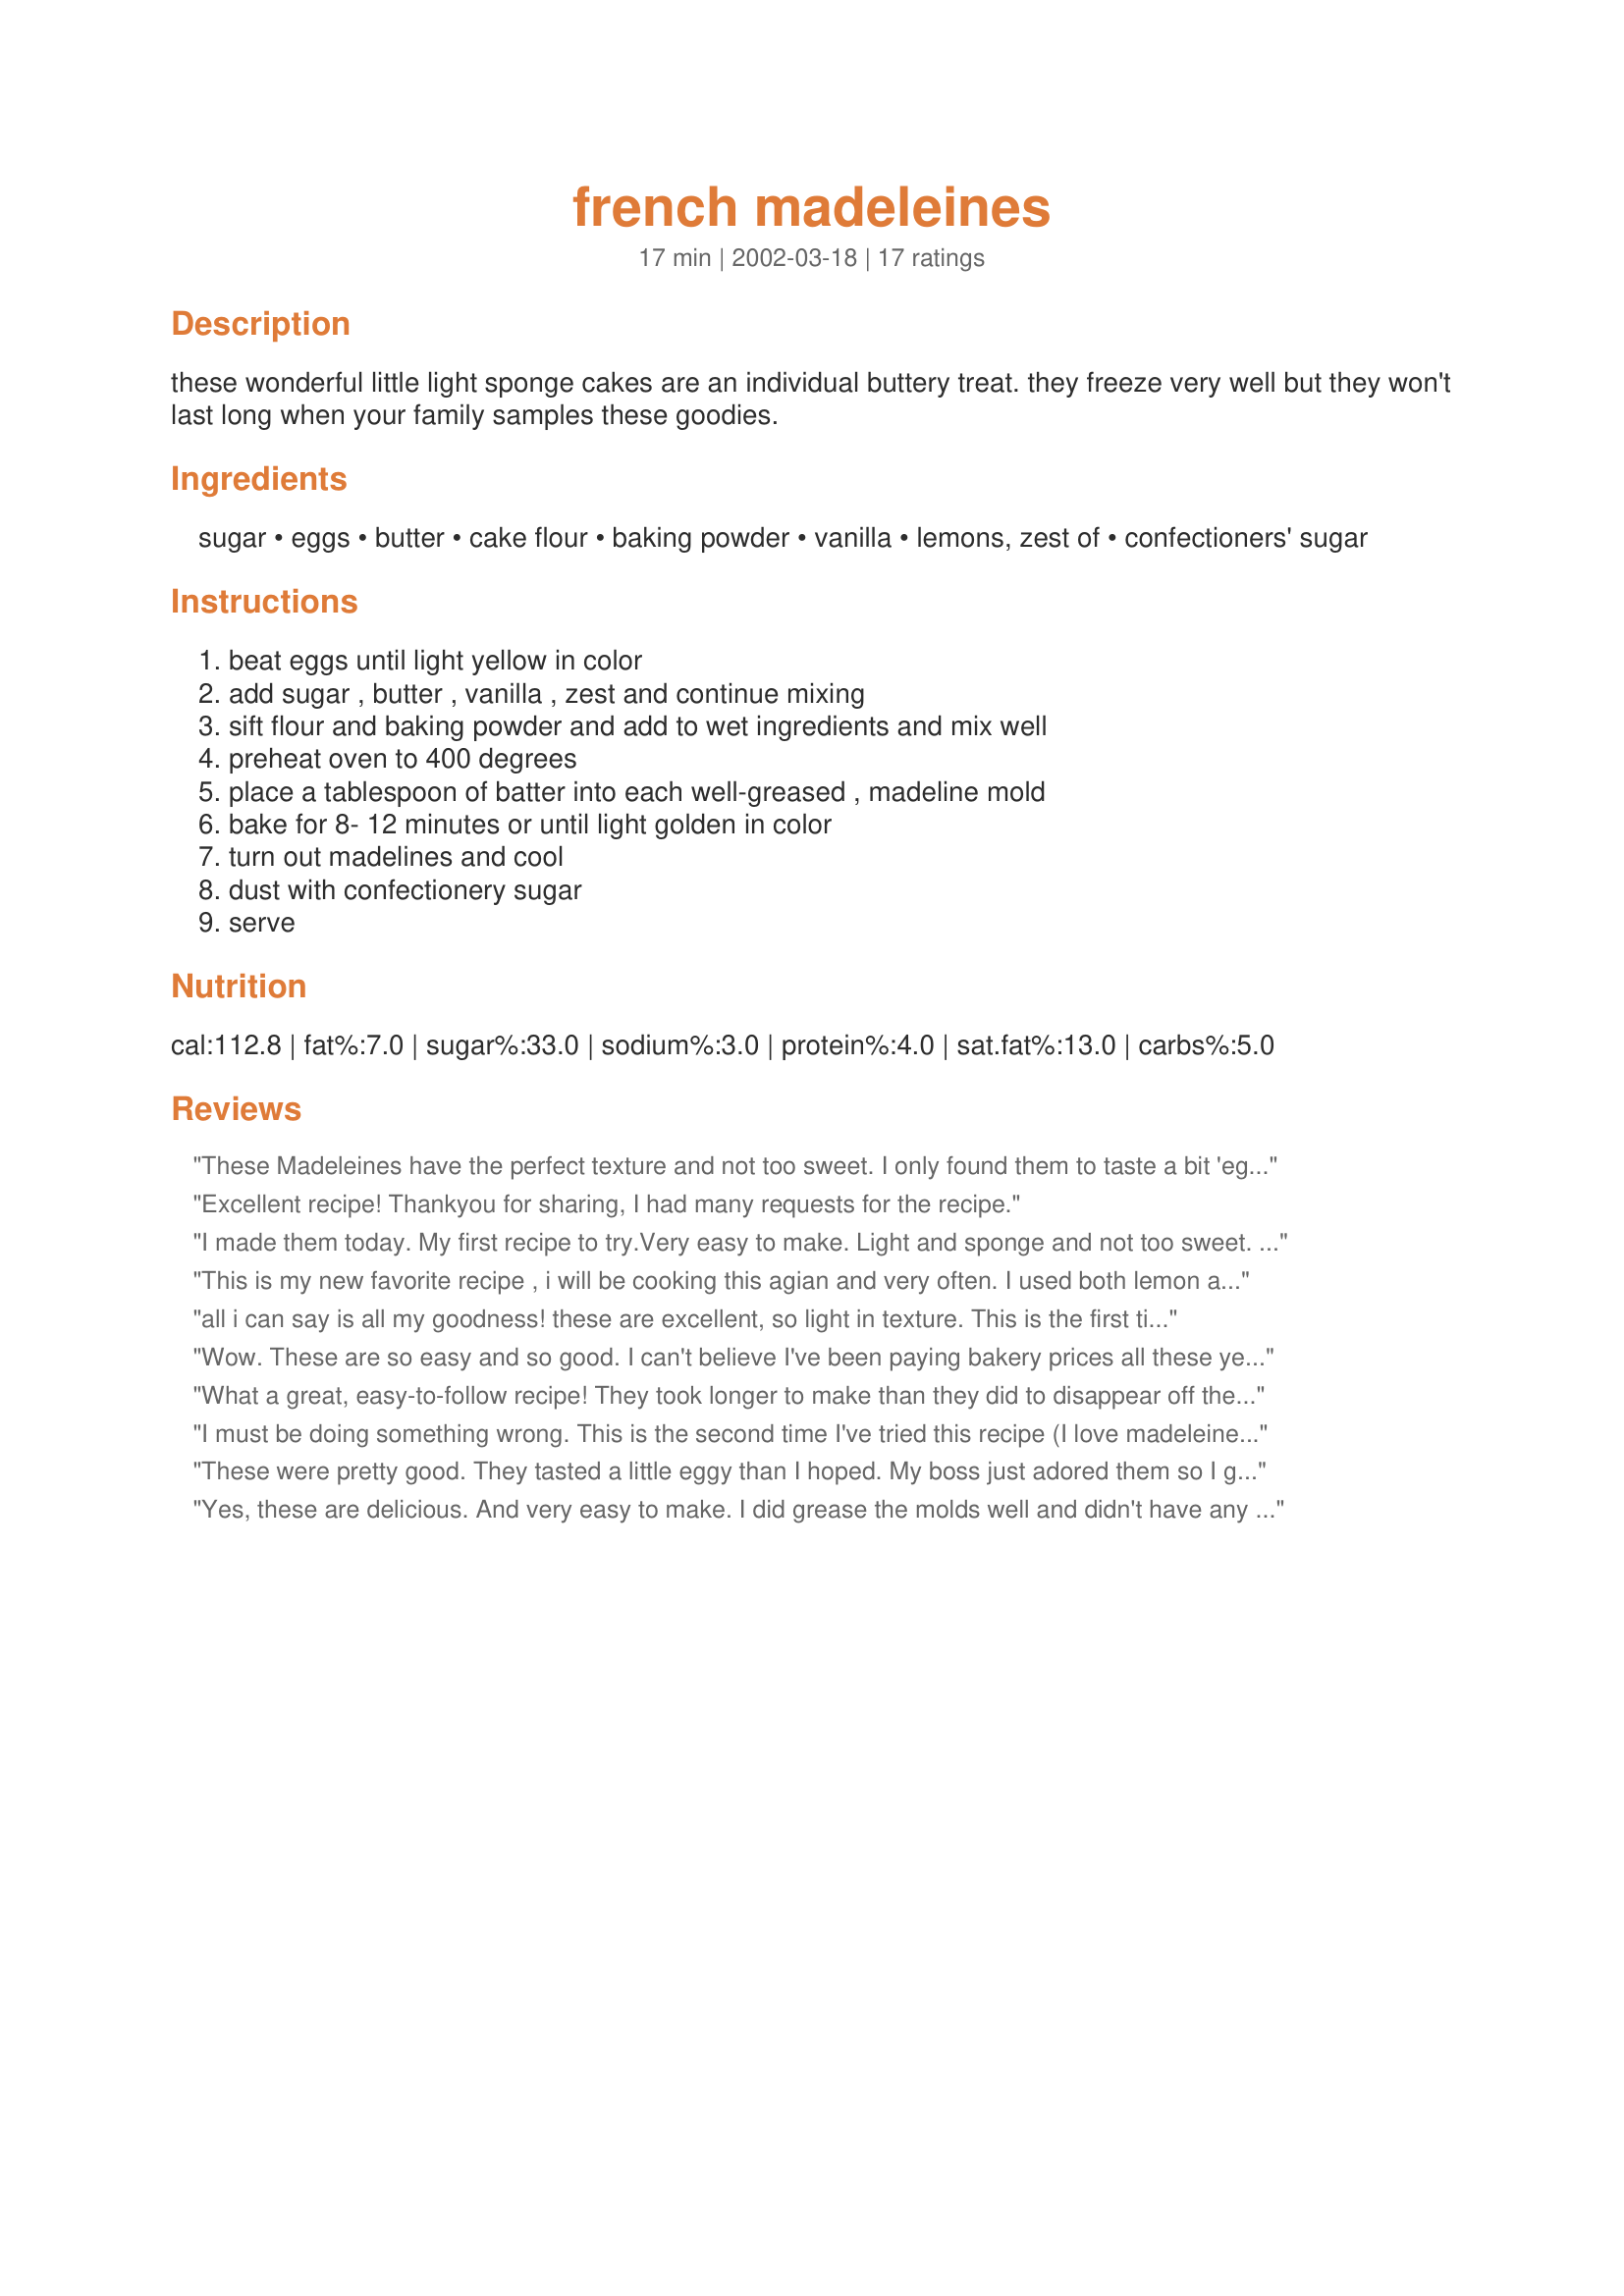
french madeleines
Preparation time: 17 minutes

these wonderful little light sponge cakes are an individual buttery treat. they freeze very well but they won't last long when your family samples these goodies.

Ingredients:
sugar, eggs, butter, cake flour, baking powder, vanilla, lemons, zest of, confectioners' sugar

Steps:
beat eggs until light yellow in color, add sugar , butter , vanilla , zest and continue mixing, sift flour and baking powder and add to wet ingredients and mix well, preheat oven to 400 degrees, place a tablespoon of batter into each well-greased , madeline mold, bake for 8- 12 minutes or until light golden in color, turn out madelines and cool, dust with confectionery sugar, serve

Reviews:
These Madeleines have the perfect texture and not too sweet. I only found them to taste a bit 'eggy'.
Excellent recipe! Thankyou for sharing, I had many requests for the recipe.
I made them today. My first recipe to try.Very easy to make. Light and sponge and not too sweet. Excellent with afternoon tea or coffee.They didn't make the way to the freezer.
This is my new favorite recipe , i will be cooking this agian and very often. I used both lemon and orange zest. yummy !
all i can say is all my goodness! these are excellent, so light in texture. This is the first time I have made madelines, I specificly went out to purchase the pans, I love these. If someone could let me know can you dip or galze these?
Wow. These are so easy and so good. I can't believe I've been paying bakery prices all these years.
What a great, easy-to-follow recipe! They took longer to make than they did to disappear off the platter, in fact, I'm pretty sure that these lemon-scented jewels disappered almost as quickly as they came out of the oven. I did manage to get a few into the freezer, but they were out of the freezer and on the counter this afternoon. (They do freeze very well.) No need to change this recipe at all, they are perfect. Make sure to grease the molds very well and remove the madelines from the pan immediately upon taking them out of the oven, they do tend to stick a bit otherwise. Thanks for sharing!
I must be doing something wrong. This is the second time I've tried this recipe (I love madeleines). The taste is too eggy and lacking in the typical flavor I associate with madeleines. There is also not enough sugar - it is hardly sweet. The texture though is where I'm totally stumped. This is much lighter than the store bought ones and not in a good way. I think that is partly because they spread too much. If I try it again, I will definitely use 4 eggs, more sugar and more flour. Sorry this didn't work out, I really wanted to like it! Thank you.
These were pretty good. They tasted a little eggy than I hoped. My boss just adored them so I got some brownie points today... I'll use those for later. Anyway, I think next time I will add both the orange and lemon zest. Thanks!
Yes, these are delicious. And very easy to make. I did grease the molds well and didn't have any trouble getting them out, except for the first one or two, which I have not baked enough. Thank you for this recipe.
These had great flavor but my madeleines turned out really dry. I think if you are going to use a dark madeleine pan then reduce baking time. That is the only reason why I think they came out dry.
Easy and delightful. 

For the grown ups I microwaved some lemon juice, cointreau and sugar and poured it on them hot from the oven.
Very tasty and easy to make. If you do not have a non-stick pan, though, my advice is to lightly flour the pans. Remove the madeleines from the pan immediately after taking them out of the oven. Tap the edge of the pan as you turn them out onto the counter top. You might have to tap a couple of times.
These are very easy to make. My kids ate them up faster than I could make them. My husband took them to work and every one really enjoyed them. I omitted the zest and they were still great tasting. They are being requested again for my husbands workplace.
AWESOME!!! I am a huge Barefoot Contessa fan, but I have to say these are better than her Coconut Madeleines #179755. Barefoot's madeleines taste good if you eat them right after you bake them, horrible the next day. Gingerbee's taste great the day of and the next day (air tight container. I varied my madeleines by drizzling chocolate sauce or strawberry sauce. Thank you for the posting!!!
Really great recipe. I do have one recommendation based on my experience with baking madeleines. I bake them at 425 for no longer than 7 minutes and immediately release them from the pan. They come out very nice and moist this way. These are so good.
Absolutely delicious and soooo easy to make! My two DDs could not get their hands off them after they leave the oven! A definite keeper!! ;-))
